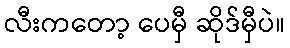
လီးကတော့ ပေမှီ ဆိုဒ်မှီပဲ။